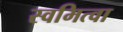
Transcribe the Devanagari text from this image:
स्वमित्वा